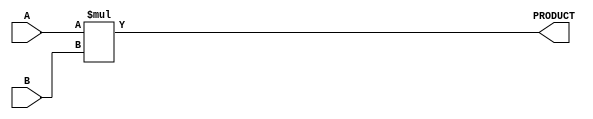
module parameterized_multiplier #(
    parameter A_WIDTH = 8, // Bit width of the first input operand
    parameter B_WIDTH = 8  // Bit width of the second input operand
)(
    input wire [A_WIDTH-1:0] A, // First input operand
    input wire [B_WIDTH-1:0] B,  // Second input operand
    output reg [(A_WIDTH + B_WIDTH - 1):0] PRODUCT // Output product
);

    // Behavioral modeling of the multiplier
    always @(*) begin
        PRODUCT = A * B; // Compute the product
    end

endmodule